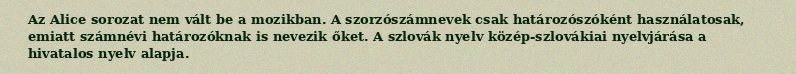
Az Alice sorozat nem vált be a mozikban. A szorzószámnevek csak határozószóként használatosak, emiatt számnévi határozóknak is nevezik őket. A szlovák nyelv közép-szlovákiai nyelvjárása a hivatalos nyelv alapja.